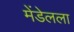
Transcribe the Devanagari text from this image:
मेंडेलला